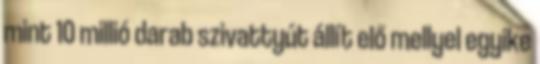
mint 10 millió darab szivattyút állít elő mellyel egyike